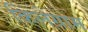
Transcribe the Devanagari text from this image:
किलेग्राम